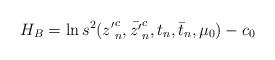
LaTeX: \begin{align*}H_B = \ln s^2({z'}^c_n,\bar{z'}^c_n, t_n,\bar t_n,\mu_0) - c_0\end{align*}